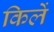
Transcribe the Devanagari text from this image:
किलें